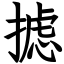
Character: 摅